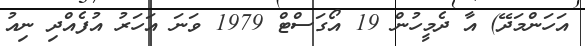
އަހަންމަދޭ) އާ ދެމީހުން 19 އޯގަސްޓް 1979 ވަނަ އަހަރު އުފެއްދި ނިއު